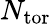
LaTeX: N_{\mathrm{tor}}